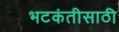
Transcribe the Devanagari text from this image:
भटकंतीसाठी